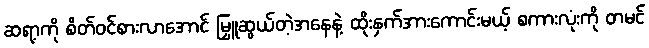
ဆရာ့ကို စိတ်ဝင်စားလာအောင် မြှူဆွယ်တဲ့အနေနဲ့ ထိုးနှက်အားကောင်းမယ့် စကားလုံးကို တမင်